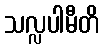
သလ္လပါမီတိ